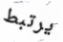
يرتبط